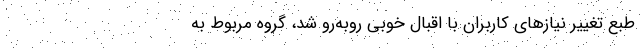
طبع تغییر نیازهای کاربران با اقبال خوبی روبه‌رو شد، گروه مربوط به